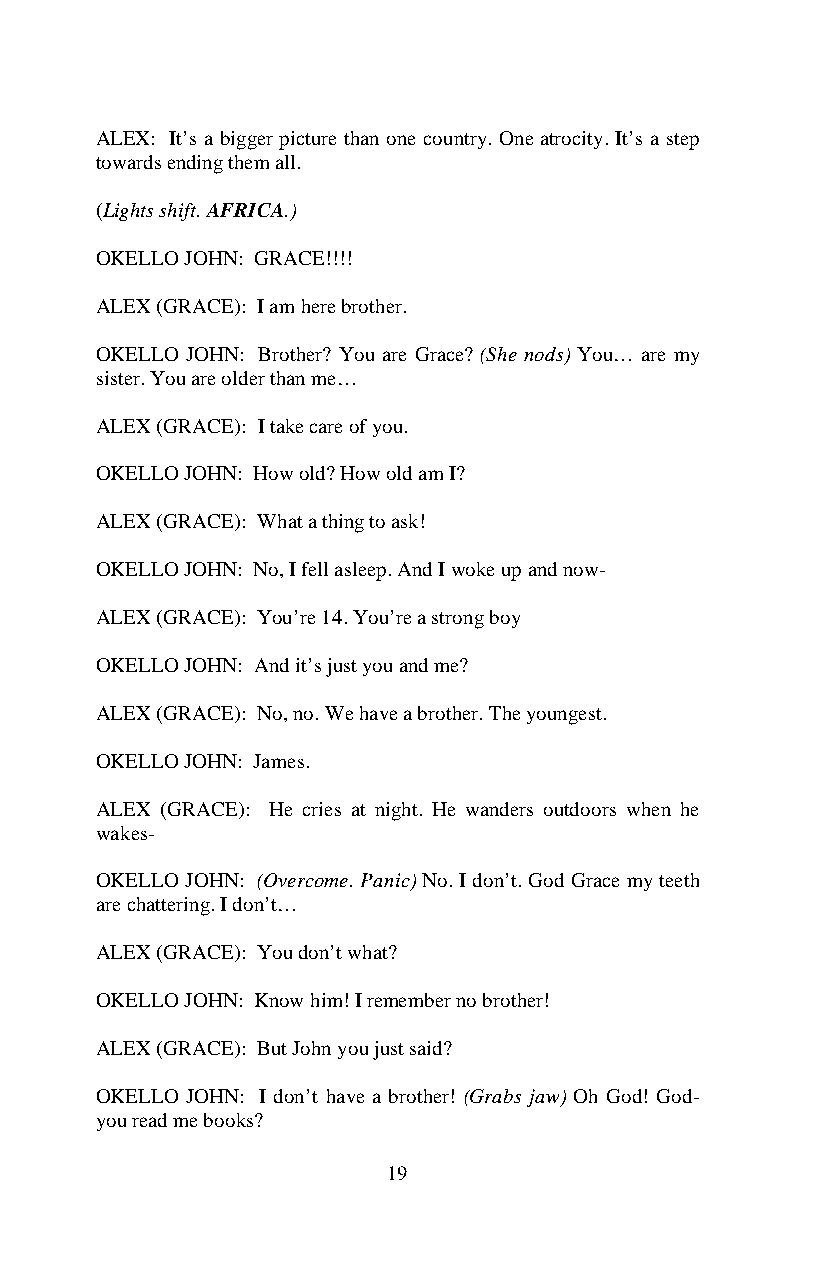
ALEX: It’s a bigger picture than one country. One atrocity. It’s a step
 towards ending them all.
 (Lights shift. AFRICA.)
 OKELLO JOHN: GRACE!!!!
 ALEX (GRACE): I am here brother.
 OKELLO JOHN: Brother? You are Grace? (She nods) You… are my
 sister. You are older than me…
 ALEX (GRACE): I take care of you.
 OKELLO JOHN: How old? How old am I?
 ALEX (GRACE): What a thing to ask!
 OKELLO JOHN: No, I fell asleep. And I woke up and now-
 ALEX (GRACE): You’re 14. You’re a strong boy
 OKELLO JOHN: And it’s just you and me?
 ALEX (GRACE): No, no. We have a brother. The youngest.
 OKELLO JOHN: James.
 ALEX (GRACE): He cries at night. He wanders outdoors when he
 wakes-
 OKELLO JOHN: (Overcome. Panic) No. I don’t. God Grace my teeth
 are chattering. I don’t…
 ALEX (GRACE): You don’t what?
 OKELLO JOHN: Know him! I remember no brother!
 ALEX (GRACE): But John you just said?
 OKELLO JOHN: I don’t have a brother! (Grabs jaw) Oh God! God-
 you read me books?
 19